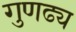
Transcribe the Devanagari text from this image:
गुणढ्य